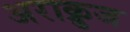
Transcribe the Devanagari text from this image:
अराक्रुज